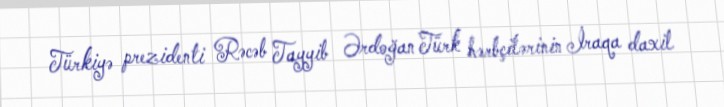
Türkiyə prezidenti Rəcəb Tayyib Ərdoğan Türk hərbçilərinin İraqa daxil